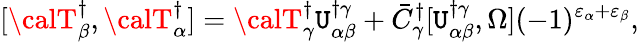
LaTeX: [{\calT}_{\beta}^{\dagger},{\calT}_{\alpha}^{\dagger}]={\calT}_{\gamma}^{\dagger}\mathtt{U}_{\alpha\beta}^{\dagger\gamma}+\bar{{C}}_{\gamma}^{\dagger}[\mathtt{U}_{\alpha\beta}^{\dagger\gamma},\Omega](-1)^{\varepsilon_{\alpha}+\varepsilon_{\beta}},